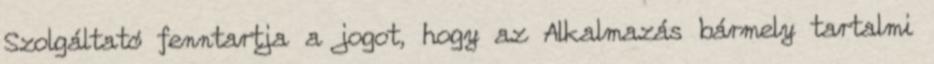
Szolgáltató fenntartja a jogot, hogy az Alkalmazás bármely tartalmi